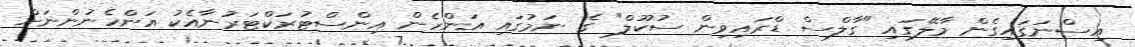
އިސްނަގައިގެން މާލޭގައި "ގާލްސް ޑްރައިވިން ސުކޫލް" ގެ ނަމުގައި އަންހެން އިންސްޓުރަކްޓަރުނާއެކު އަންހެނުންނަށް